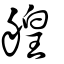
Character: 艎